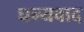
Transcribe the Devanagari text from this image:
घन्यवाद